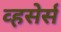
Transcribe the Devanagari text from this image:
व्हसेर्स